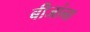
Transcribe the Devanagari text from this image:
बीजांना